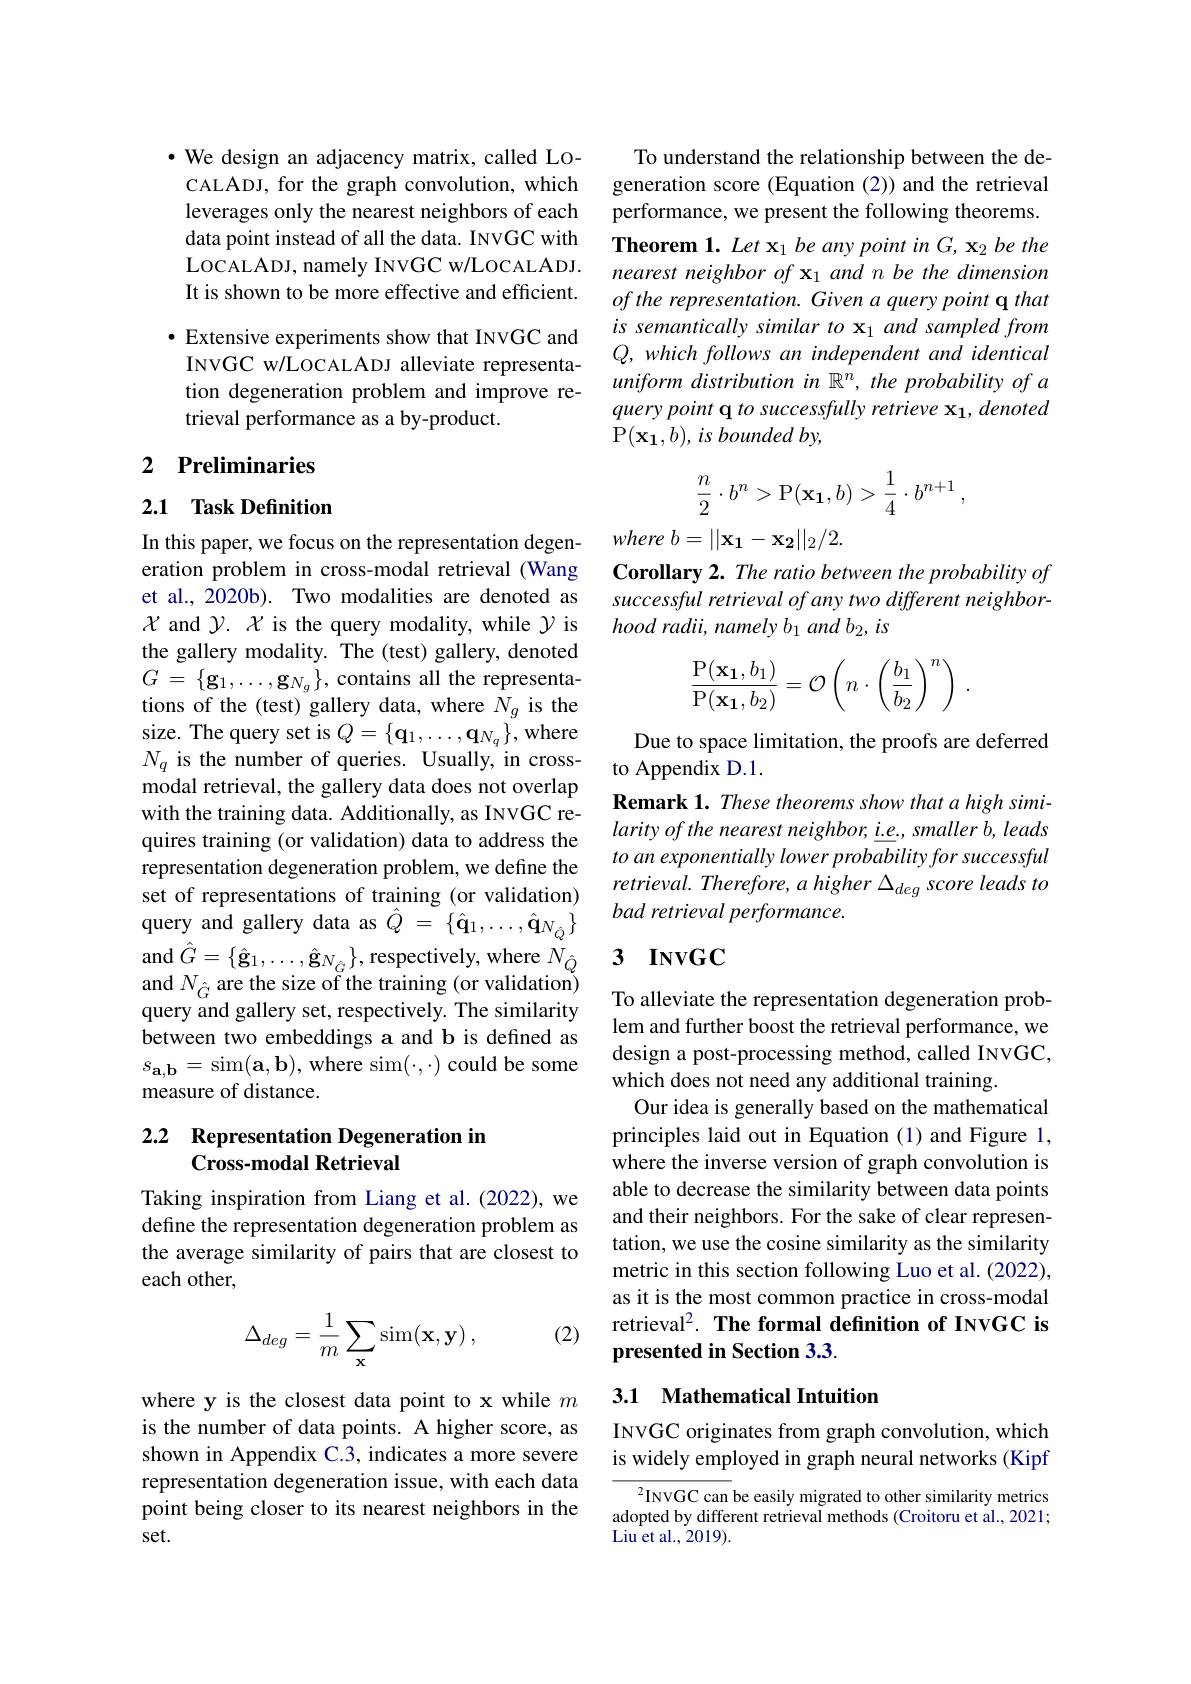
$\cdot$ We design an adjacency matrix, called LoCALADJ, for the graph convolution, which leverages only the nearest neighbors of each data point instead of all the data. INVGC with LOCALADJ, namely INVGC w/ LOCALADJ. It is shown to be more effective and efficient. $\bullet$ Extensive experiments show that INVGC and INVGC w/LOCALADJ alleviate representation degeneration problem and improve retrieval performance as a by-product.

## 2 Preliminaries

## 2.1 Task Definition

In this paper, we focus on the representation degeneration problem in cross-modal retrieval (Wang et al., 2020b). Two modalities are denoted as $\chi$ and $\mathcal{Y}.X$ is the query modality, while $\mathcal{Y}$ is the gallery modality. The (test) gallery, denoted $G=\{\mathbf{g}_{1},\ldots,\mathbf{g}_{{N_{g}}}\}$,contains all the representations of the (test) gallery data, where $N_g$ is the size. The query set is $Q=\{\mathbf{q}_{1},\ldots,\mathbf{q}_{{N_{q}}}\}$,where $N_{q}$ is the number of queries. Usually, in crossmodal retrieval, the gallery data does not overlap with the training data. Additionally, as INVGC requires training (or validation) data to address the representation degeneration problem, we define the set of representations of training (or validation) query and gallery data as $\hat{Q}$ = $\{ \hat{\mathbf{q} } _{1}, \ldots , \hat{\mathbf{q} } _{{N_{\hat{Q} }}}\}$ $\operatorname{and}\hat{G}=\{\hat{\mathbf{g}}_{1},\ldots,\hat{\mathbf{g}}_{{N_{\hat{G}}}}\}$,respectively, where $\bar{N}_{\hat{Q}}$ and $N_{\hat{G}}$ are the size of the training (or validation) query and gallery set, respectively. The similarity between two embeddings a and b is defined as $s_{\mathbf{a},\mathbf{b}}=$sim$(\mathbf{a},\mathbf{b})$,where sim$(\cdot,\cdot)$could be some measure of distance.

### 2.2 Representation Degeneration im Cross-modal Retrieval

Taking inspiration from Liang et al.(2022), we define the representation degeneration problem as the average similarity of pairs that are closest to each other,

(2)
$$\Delta_{deg}=\frac{1}{m}\sum_{\mathbf{x}}\operatorname{sim}(\mathbf{x},\mathbf{y})\:,$$
where y is the closest data point to x while $m$ is the number of data points. A higher score, as shown in Appendix C.3, indicates a more severe representation degeneration issue, with each data point being closer to its nearest neighbors in the set.

To understand the relationship between the degeneration score (Equation (2)) and the retrieval performance, we present the following theorems. Theorem 1. Let x$_1$ be any point in G, x$_2\textit{be the}$ nearest neighbor of x 1 and n be the dimension of the representation. Given a query point q that is semantically similar to x $_1\textit{and sampled from}$ Q, which follows an independent and identical uniform distribution in $\mathbb{R} ^n, \textit{the probability of a}$ query point q to successfully retrieve x1, denoted P$( \mathbf{x_1} , b) , is\textit{bounded by}$,
$$\begin{aligned}\frac{n}{2}\cdot b^n>\mathrm{P}(\mathbf{x_1},b)>\frac{1}{4}\cdot b^{n+1}\:,\end{aligned}$$
where $b= | | \mathbf{x_{1}} - \mathbf{x_{2}} | | _{2}/ 2.$

Corollary 2. The ratio between the probability of successful retrieval of any two different neighborhood radii, namely b 1 and b 2, is
$$\dfrac{\mathrm P(\mathbf x_1,b_1)}{\mathrm P(\mathbf x_1,b_2)}=\mathcal O\left(n\cdot\left(\dfrac{b_1}{b_2}\right)^n\right)\:.$$
Due to space limitation, the proofs are deferred
to Appendix D.1.
Remark 1. These theorems show that a high similarity of the nearest neighbor, i.e., smaller b, leads to an exponentially lower probability for successful retrieval. Therefore, a higher $\Delta_deg$ score leads to bad retrieval performance.

### 3 $\mathbf{INVGC}$

To alleviate the representation degeneration problem and further boost the retrieval performance, we design a post-processing method, called INVGC, which does not need any additional training.
Our idea is generally based on the mathematical principles laid out in Equation (1) and Figure 1, where the inverse version of graph convolution is able to decrease the similarity between data points and their neighbors. For the sake of clear representation, we use the cosine similarity as the similarity metric in this section following Luo et al. (2022), as it is the most common practice in cross-modal retrieval$^2. \textbf{ The formal definition of INVGC is}$ presented in Section 3.3.

## 3.1 Mathematical Intuition

INVGC originates from graph convolution, which is widely employed in graph neural networks (Kipf

$^2$INVGC can be easily migrated to other similarity metrics adopted by different retrieval methods (Croitoru et al., 2021; Liu et al. , 2019).